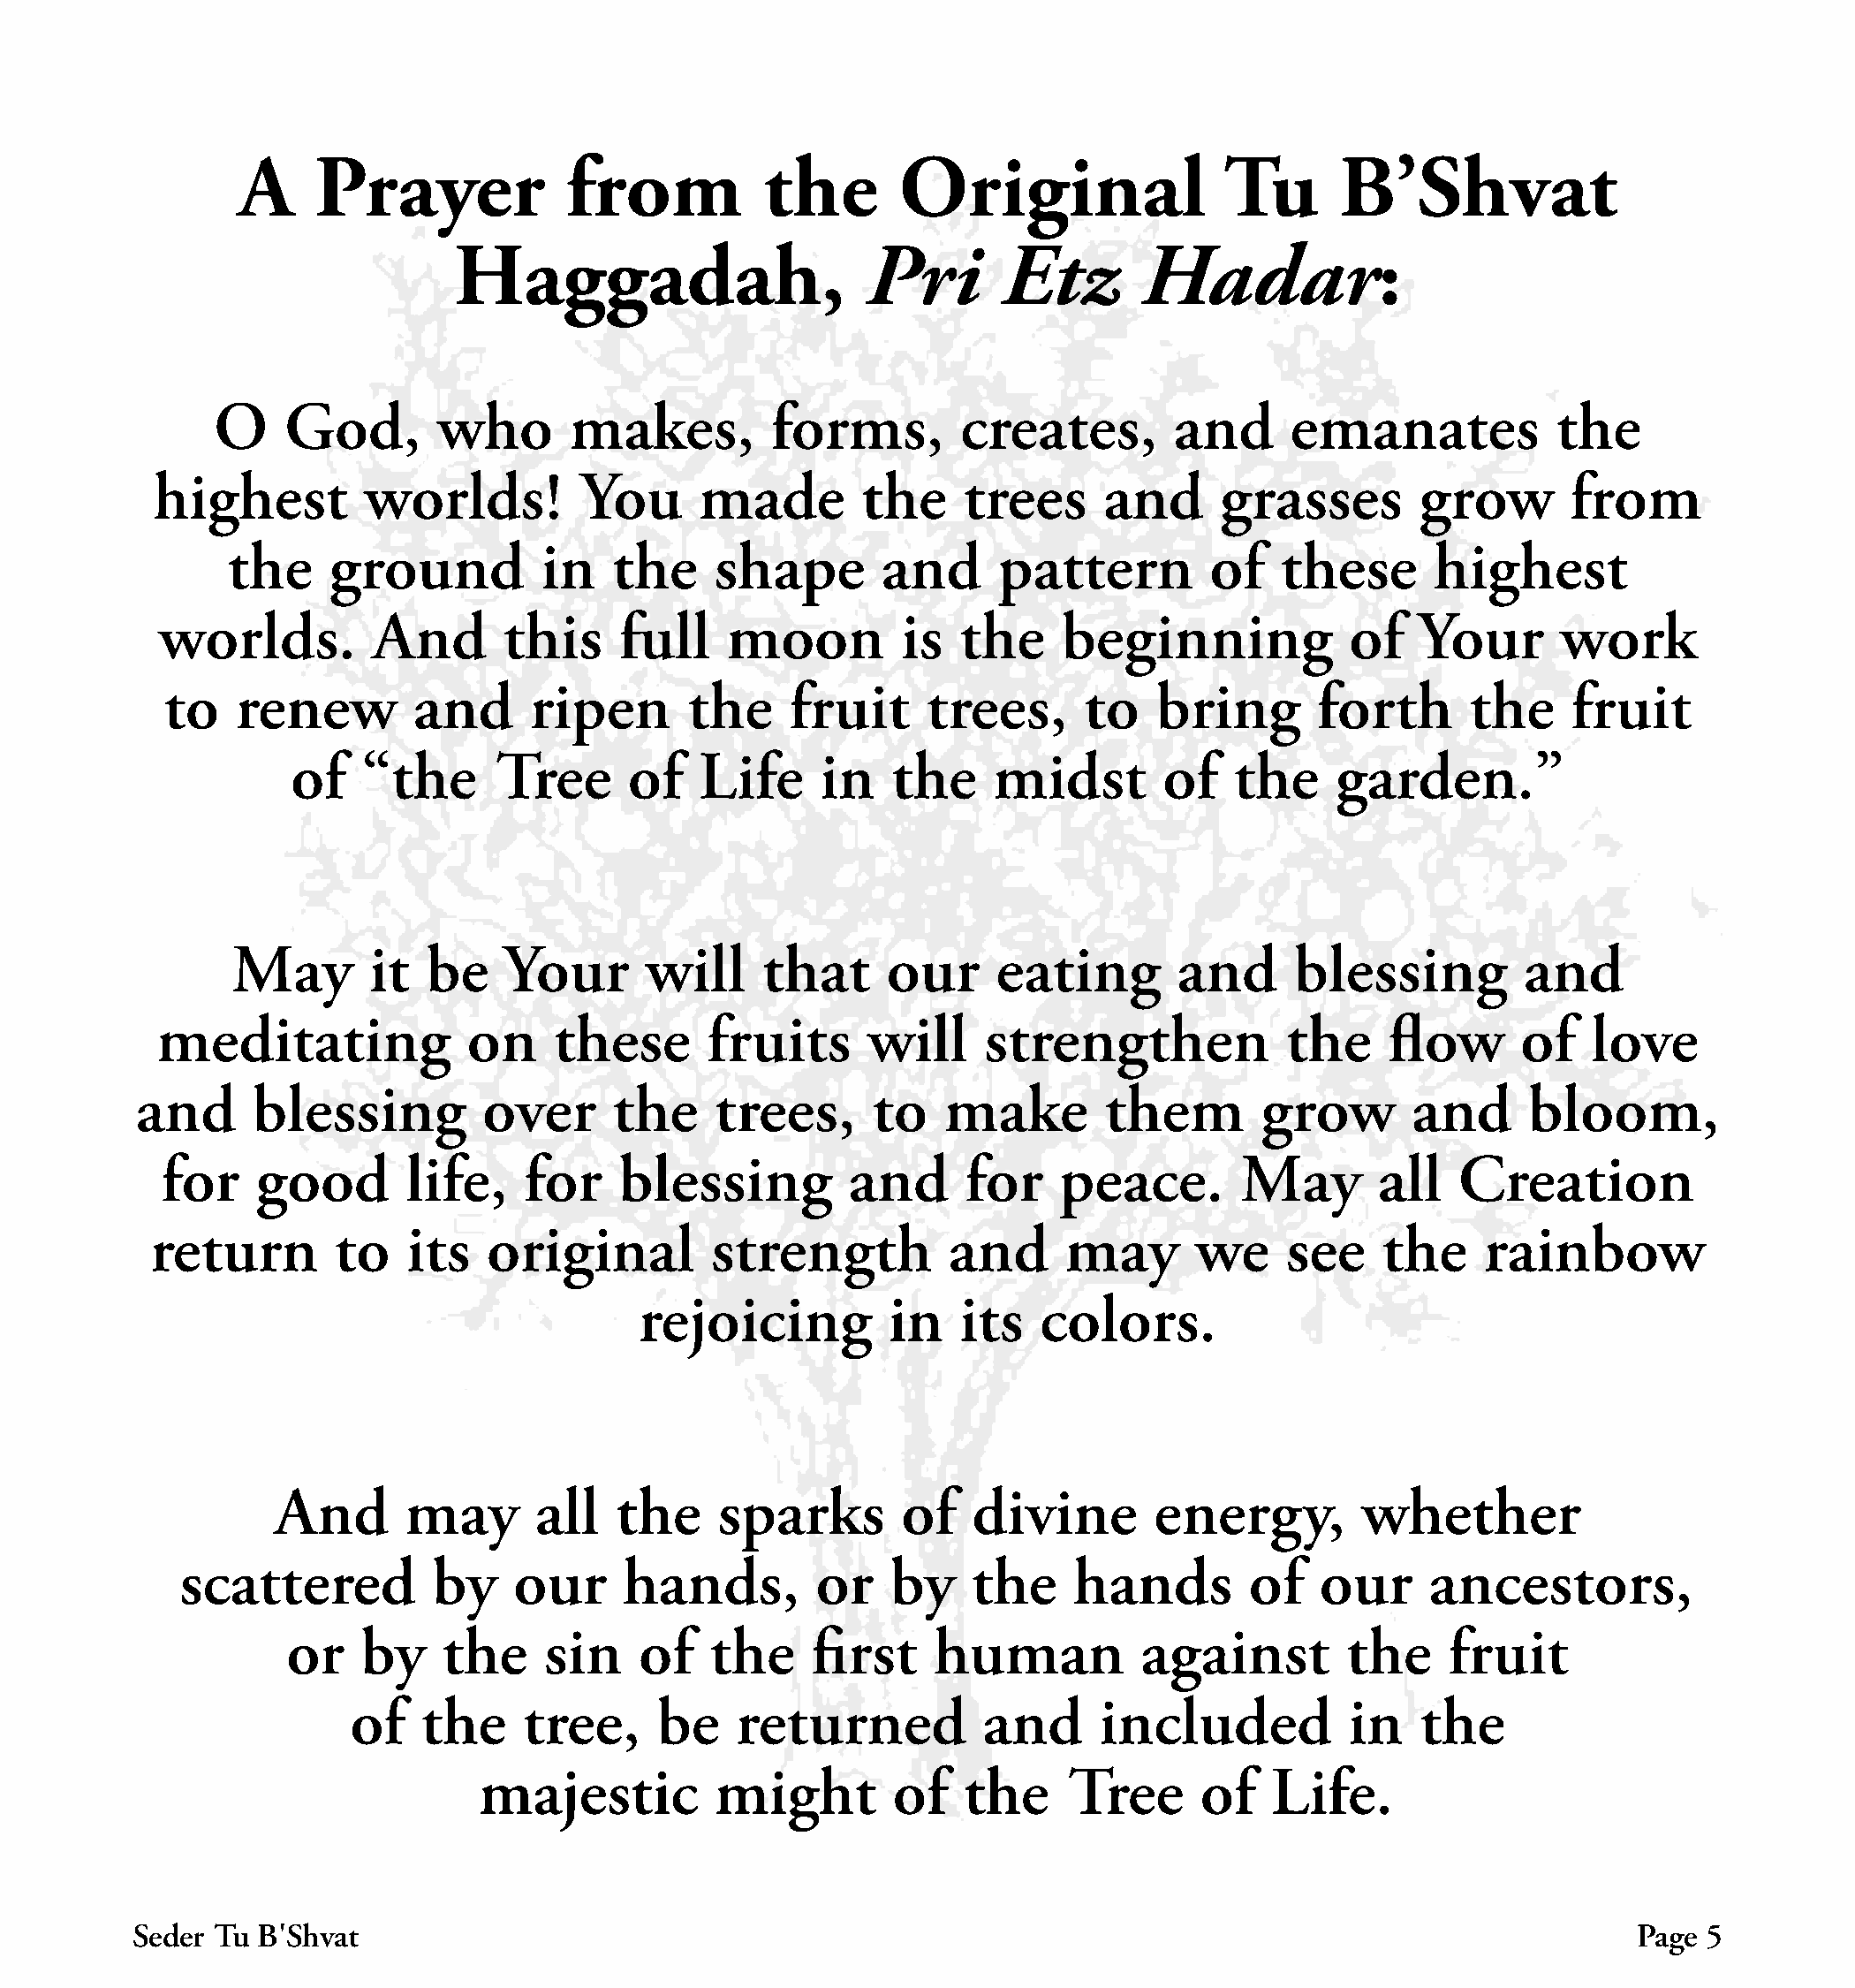
A     Prayer            from           the       Original                 Tu      B’Shvat
 Haggadah,                      Pri       Etz        Hadar:
 O    God,        who       makes,         forms,        creates,        and      emanates            the
 highest         worlds!         You      made         the    trees      and     grasses        grow        from
 the     ground          in   the     shape       and      pattern         of   these      highest
 worlds.         And       this    full    moon          is  the     beginning            of   Your       work
 to    renew        and      ripen       the    fruit     trees,      to    bring       forth      the     fruit
 of   “the      Tree      of   Life     in    the    midst        of   the     garden.”
 May        it  be    Your      will     that     our      eating       and      blessing         and
 meditating             on    these       fruits      will     strengthen            the     flow      of   love
 and      blessing         over      the     trees,     to    make        them       grow        and      bloom,
 for    good       life,    for    blessing          and     for    peace.        May       all   Creation
 return        to   its   original         strength          and      may       we    see     the    rainbow
 rejoicing          in   its   colors.
 And      may       all   the     sparks        of   divine       energy,         whether
 scattered          by    our      hands,        or    by    the    hands         of   our     ancestors,
 or    by    the     sin    of   the     first    human           against        the     fruit
 of    the    tree,     be    returned           and     included           in   the
 majestic          might        of   the     Tree      of   Life.
 Seder Tu B׳Shvat                                                                                                 Page 5